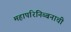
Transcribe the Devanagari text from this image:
महापरिनिब्बनाची